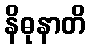
နိဓုနာတိ